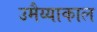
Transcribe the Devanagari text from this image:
उमैय्याकाल